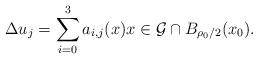
LaTeX: \begin{align*} \Delta u_j =\sum_{i=0}^3 a_{i,j}(x) x \in \mathcal G\cap B_{\rho_0/2}(x_0).\end{align*}